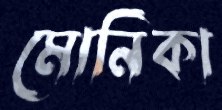
মোনিকা